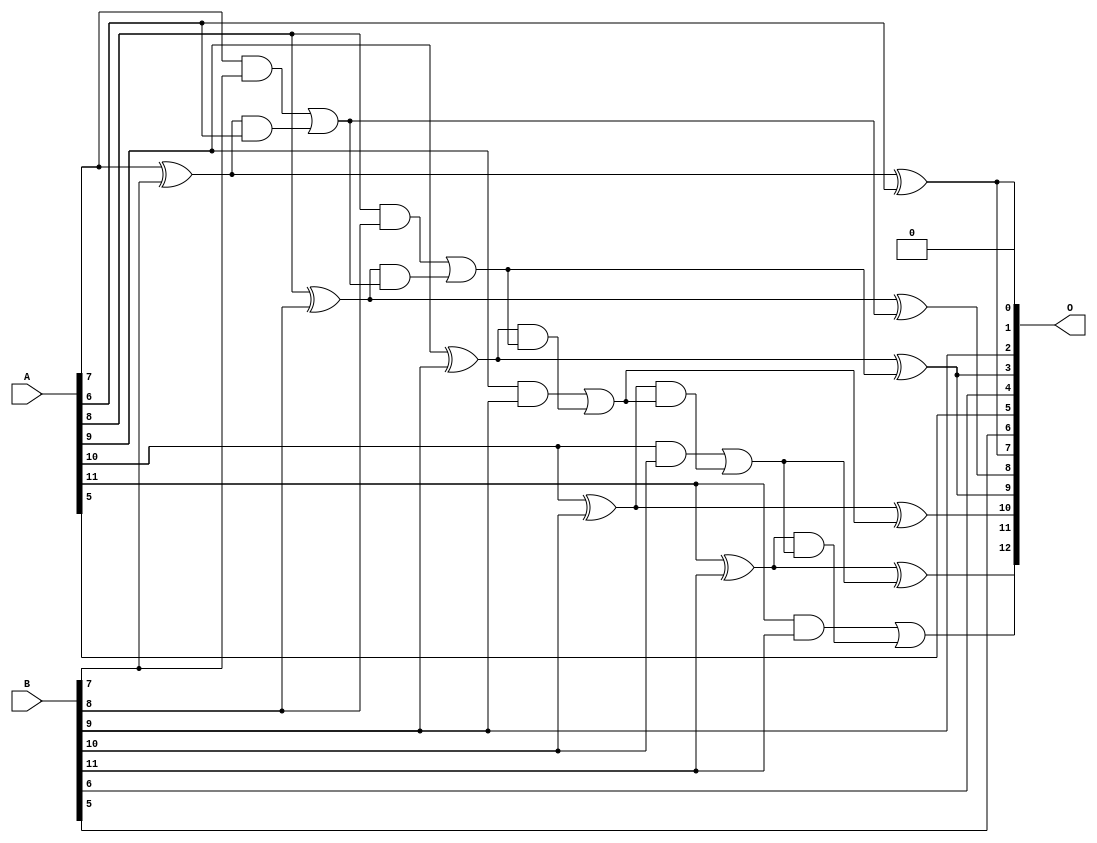
/***
* This code is a part of EvoApproxLib library (ehw.fit.vutbr.cz/approxlib) distributed under The MIT License.
* When used, please cite the following article(s):  
* This file contains a circuit from a sub-set of pareto optimal circuits with respect to the pwr and wce parameters
***/
// MAE% = 0.46 %
// MAE = 37 
// WCE% = 1.34 %
// WCE = 110 
// WCRE% = 101.56 %
// EP% = 99.22 %
// MRE% = 1.26 %
// MSE = 2047 
// PDK45_PWR = 0.021 mW
// PDK45_AREA = 44.6 um2
// PDK45_DELAY = 0.43 ns


module add12u_0FY(A, B, O);
  input [11:0] A, B;
  output [12:0] O;
  wire sig_56, sig_57, sig_58, sig_60, sig_61, sig_62;
  wire sig_63, sig_65, sig_66, sig_67, sig_68, sig_70;
  wire sig_71, sig_72, sig_73, sig_75, sig_76, sig_77;
  wire sig_78;
  assign O[5] = A[5];
  assign O[1] = 1'b0;
  assign sig_56 = A[7] ^ B[7];
  assign sig_57 = A[7] & B[7];
  assign sig_58 = sig_56 & A[6];
  assign O[0] = sig_56 ^ A[6];
  assign sig_60 = sig_57 | sig_58;
  assign sig_61 = A[8] ^ B[8];
  assign sig_62 = A[8] & B[8];
  assign sig_63 = sig_61 & sig_60;
  assign O[8] = sig_61 ^ sig_60;
  assign sig_65 = sig_62 | sig_63;
  assign sig_66 = A[9] ^ B[9];
  assign sig_67 = A[9] & B[9];
  assign sig_68 = sig_66 & sig_65;
  assign O[3] = sig_66 ^ sig_65;
  assign sig_70 = sig_67 | sig_68;
  assign sig_71 = A[10] ^ B[10];
  assign sig_72 = A[10] & B[10];
  assign sig_73 = sig_71 & sig_70;
  assign O[10] = sig_71 ^ sig_70;
  assign sig_75 = sig_72 | sig_73;
  assign sig_76 = A[11] ^ B[11];
  assign sig_77 = A[11] & B[11];
  assign sig_78 = sig_76 & sig_75;
  assign O[11] = sig_76 ^ sig_75;
  assign O[12] = sig_77 | sig_78;
  assign O[2] = B[9];
  assign O[4] = B[6];
  assign O[6] = B[5];
  assign O[7] = O[0];
  assign O[9] = O[3];
endmodule